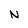
Character: N